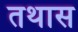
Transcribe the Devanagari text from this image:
तथास